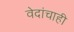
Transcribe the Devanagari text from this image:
वेदांचाही